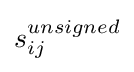
s_{ij}^{unsigned}